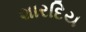
શારદિય